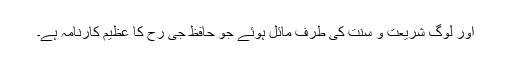
اور لوگ شریعت و سنّت کی طرف مائل ہوئے جو حافظ جی رح کا عظیم کارنامہ ہے۔